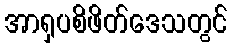
အာရှပစိဖိတ်ဒေသတွင်